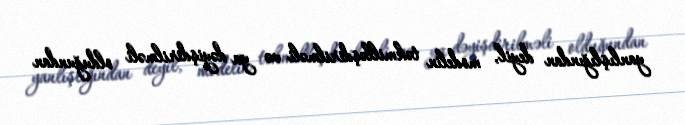
yanlışlığından deyil, modelin təkmilləşdirilməli və ya dəyişdirilməli olduğundan